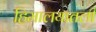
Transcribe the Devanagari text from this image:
हिमालयातली